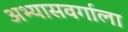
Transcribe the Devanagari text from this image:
अभ्यासवर्गाला